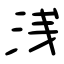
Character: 浅